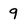
Character: 9